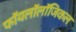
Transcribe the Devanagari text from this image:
फॉयलॉलॉजिकल